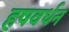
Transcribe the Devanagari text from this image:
हषवर्धन